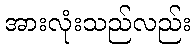
အားလုံးသည်လည်း